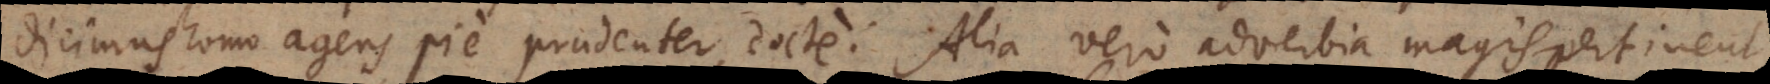
dicimus homo agens pie, prudenter, docte. Alia vero adverbia magis pertinent